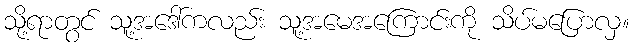
သို့ရာတွင် သူ့အဒေါ်ကလည်း သူ့အမေအကြောင်းကို သိပ်မပြောလှ။